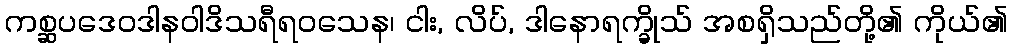
ကစ္ဆပဒေဝဒါနဝါဒိသရီရဝသေန၊ ငါး, လိပ်, ဒါနောရက္ခိုသ် အစရှိသည်တို့၏ ကိုယ်၏